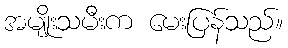
အမျိုးသမီးက မေးပြန်သည်။